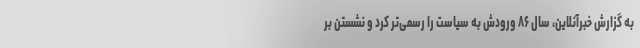
به گزارش خبرآنلاین، سال ۸۶ ورودش به سیاست را رسمی‌تر کرد و نشستن بر